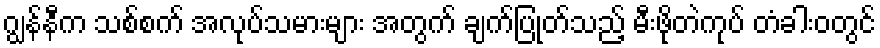
ဂျွန်နီက သစ်စက် အလုပ်သမားများ အတွက် ချက်ပြုတ်သည့် မီးဖိုတဲကုပ် တံခါးဝတွင်